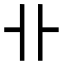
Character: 卝